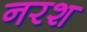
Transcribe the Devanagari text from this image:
नरश